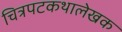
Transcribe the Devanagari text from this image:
चित्रपटकथालेखक